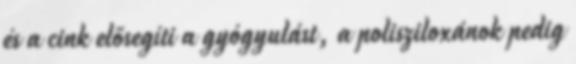
és a cink elősegíti a gyógyulást, a polisziloxánok pedig